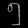
Digit: ၅